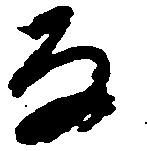
な